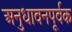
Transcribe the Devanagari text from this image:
अनुधावनपूर्वक